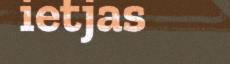
ietjas